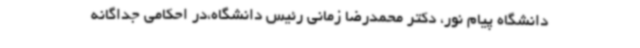
دانشگاه پیام نور، دکتر محمدرضا زمانی رئیس دانشگاه،در احکامی جداگانه